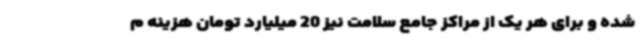
شده و برای هر یک از مراکز جامع سلامت نیز 20 میلیارد تومان هزینه م